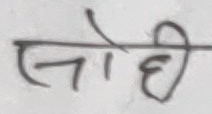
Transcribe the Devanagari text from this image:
लोही